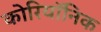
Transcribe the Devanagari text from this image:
कोरियॉनिक